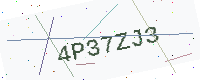
Text: 4P37ZJ3